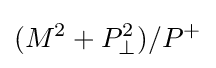
(M^{2}+P_{\perp }^{2})/P^{+}